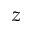
z